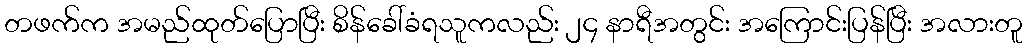
တဖက်က အမည်ထုတ်ပြောပြီး စိန်ခေါ်ခံရသူကလည်း ၂၄ နာရီအတွင်း အကြောင်းပြန်ပြီး အလားတူ